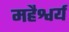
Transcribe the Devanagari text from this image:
महैश्वर्य